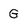
Character: G